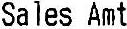
SALES AMT